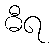
ဓီရ